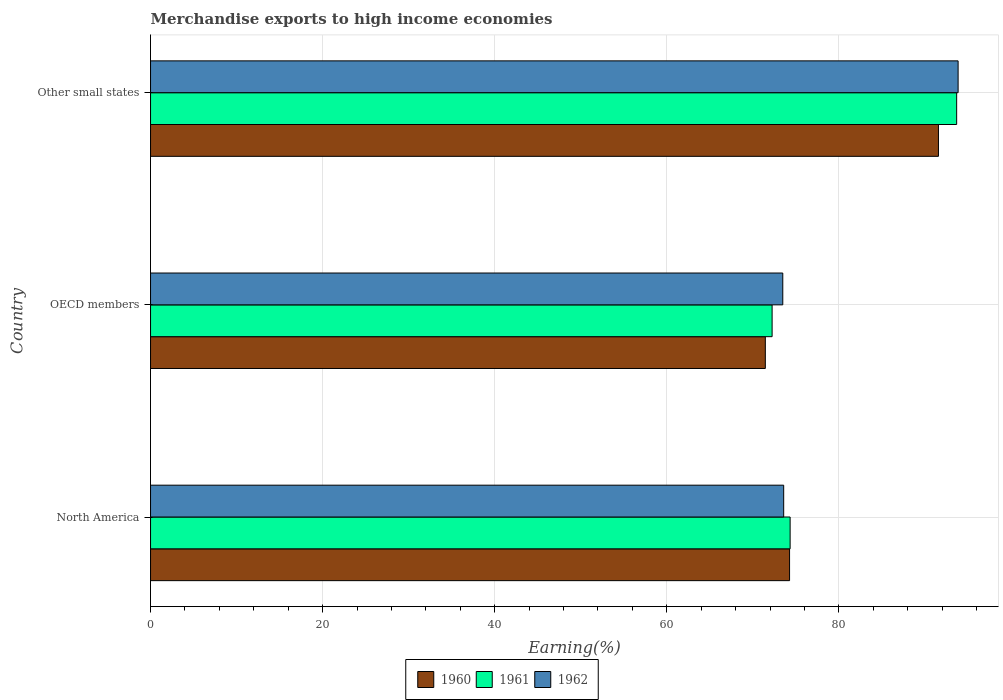
| Country | 1960 | 1961 | 1962 |
 | --- | --- | --- | --- |
 | North America | 74.3 | 74.3 | 73.6 |
 | OECD members | 71.5 | 72.2 | 73.5 |
 | Other small states | 91.6 | 93.7 | 93.9 |